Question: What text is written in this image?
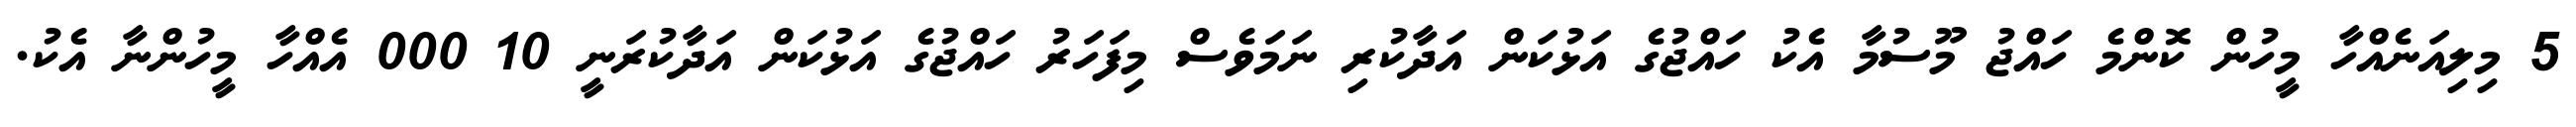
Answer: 5 މިލިއަނެއްހާ މީހުން ކޮންމެ ހައްޖު މޫސުމާ އެކު ހައްޖުގެ އަޅުކަން އަދާކުރި ނަމަވެސް މިފަހަރު ހައްޖުގެ އަޅުކަން އަދާކުރަނީ 10 000 އެއްހާ މީހުންނާ އެކު.